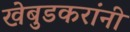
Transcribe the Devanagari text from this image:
खेबुडकरांनी